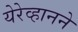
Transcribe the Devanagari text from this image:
येरेव्हानने